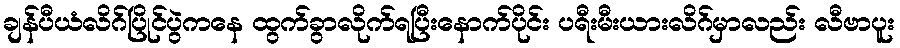
ချန်ပီယံလိဂ်ပြိုင်ပွဲကနေ ထွက်ခွာလိုက်ရပြီးနောက်ပိုင်း ပရီးမီးယားလိဂ်မှာလည်း လီဗာပူး